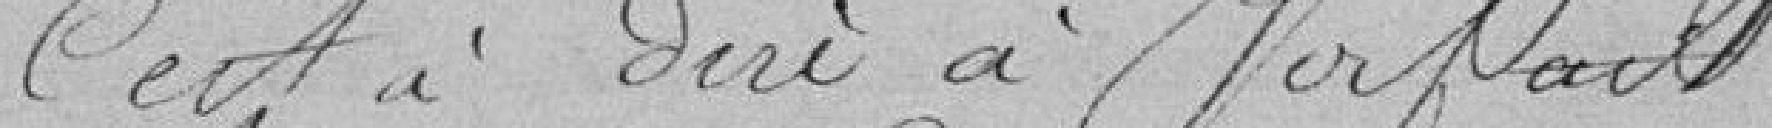
c'est à dire à forfait.